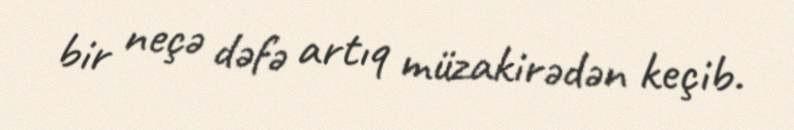
bir neçə dəfə artıq müzakirədən keçib.